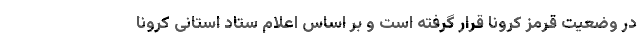
در وضعیت قرمز کرونا قرار گرفته است و بر اساس اعلام ستاد استانی کرونا